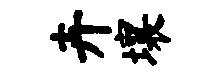
卉壤